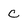
Character: c